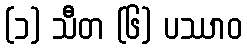
(၁) သီတ (၆) ပဿာဝ